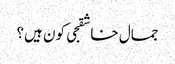
جمال خاشقجی کون ہیں؟